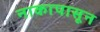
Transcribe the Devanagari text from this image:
नाकापासून